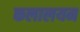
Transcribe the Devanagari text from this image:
कलालयम